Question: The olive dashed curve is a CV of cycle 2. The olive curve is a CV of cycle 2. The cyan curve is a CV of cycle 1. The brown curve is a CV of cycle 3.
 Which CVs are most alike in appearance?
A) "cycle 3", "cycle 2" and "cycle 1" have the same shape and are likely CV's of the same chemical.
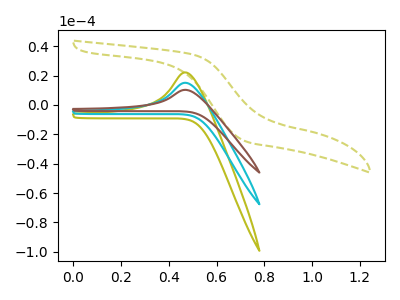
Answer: <think>The olive dashed curve "cycle 2" has no peaks. The olive curve "cycle 2" has an anodic peak at: (0.45V, 30.10uA). The cyan curve "cycle 1" has an anodic peak at: (0.45V, 15.05uA). The brown curve "cycle 3" has an anodic peak at: (0.45V, 10.25uA).
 "cycle 2" and "cycle 2" have a different number of peaks. "cycle 2" and "cycle 1" have a different number of peaks. "cycle 2" and "cycle 3" have a different number of peaks. All the peaks in "cycle 2" have a peak in "cycle 1" at the same potential. Every peak in "cycle 2" is higher than every peak in "cycle 1". All the peaks in "cycle 2" have a peak in "cycle 3" at the same potential. Every peak in "cycle 2" is higher than every peak in "cycle 3". All the peaks in "cycle 1" have a peak in "cycle 3" at the same potential. Every peak in "cycle 1" is higher than every peak in "cycle 3".</think>
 <answer>A) "cycle 3", "cycle 2" and "cycle 1" have the same shape and are likely CV's of the same chemical.</answer>
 <eval>A</eval>